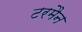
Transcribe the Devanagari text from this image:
टरमैन